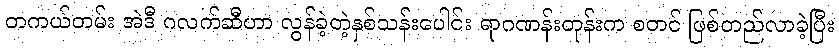
တကယ်တမ်း အဲဒီ ဂလက်ဆီဟာ လွန်ခဲ့တဲ့နှစ်သန်းပေါင်း ရာဂဏန်းတုန်းက စတင် ဖြစ်တည်လာခဲ့ပြီး